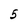
Character: 5